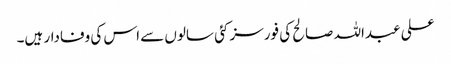
علی عبداللہ صالح کی فورسز کئی سالوں سے اس کی وفادار ہیں۔